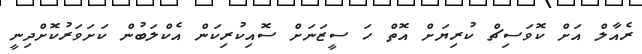
ރެއާލް އަށް ކޮވަސިޗް ކުރިޔަށް އޮތް ހަ ސީޒަނަށް ސޮއިކުރިކަން އެކްލަބުން ކަށަވަރުކޮށްދިނީ